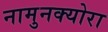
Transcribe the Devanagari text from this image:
नामुनक्योरा